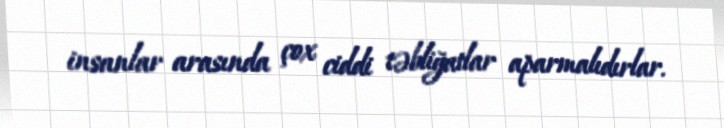
insanlar arasında çox ciddi təbliğatlar aparmalıdırlar.